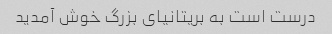
درست است به بریتانیای بزرگ خوش آمدید